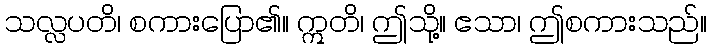
သလ္လပတိ၊ စကားပြော၏။ ဣတိ၊ ဤသို့။ ဧသာ၊ ဤစကားသည်။